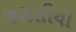
જગસીયો